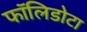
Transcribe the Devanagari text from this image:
फॉलिडोटा